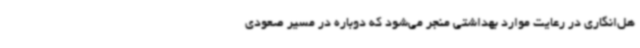
هل‌انگاری در رعایت موارد بهداشتی منجر می‌شود که دوباره در مسیر صعودی